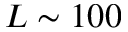
L \sim 1 0 0